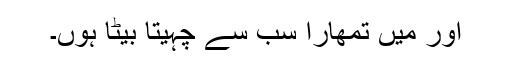
اور میں تمھارا سب سے چہیتا بیٹا ہوں۔